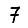
Digit: 7